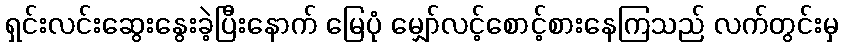
ရှင်းလင်းဆွေးနွေးခဲ့ပြီးနောက် မြေပုံ မျှော်လင့်စောင့်စားနေကြသည် လက်တွင်းမှ